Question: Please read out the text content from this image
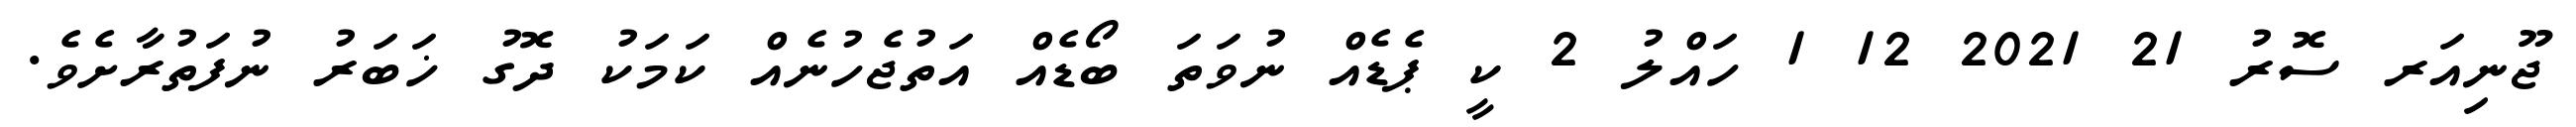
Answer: ޖޫނިއަރ ސޮރު 21 2021 12 1 ހައްލު 2 ކީ ޕެޑެއް ނުވަތަ ބޯޑެއް އަތުޖެހުނެއް ކަމަކު ދޮގު ޚަބަރު ނުފަތުރާށެވެ.